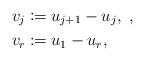
LaTeX: \begin{align*}&v_j\coloneqq u_{j+1}-u_j, \ , \\&v_r\coloneqq u_1-u_r,\end{align*}